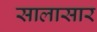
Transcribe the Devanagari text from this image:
सालासार